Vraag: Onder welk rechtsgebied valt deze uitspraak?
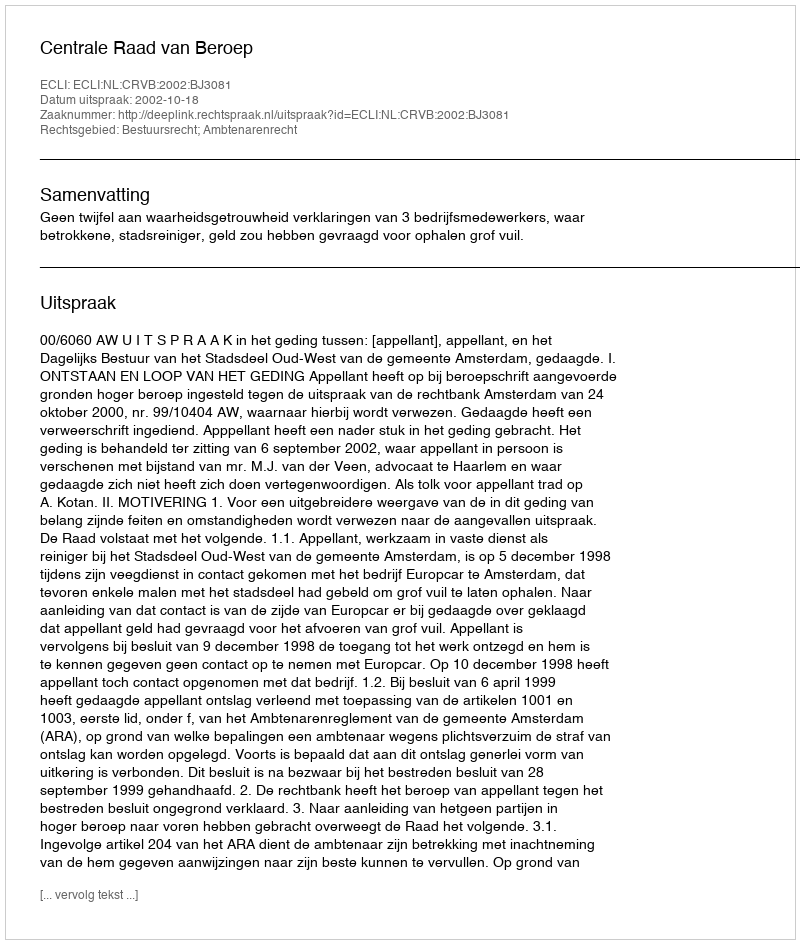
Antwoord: Bestuursrecht; Ambtenarenrecht